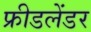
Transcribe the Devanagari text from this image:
फ्रीडलेंडर